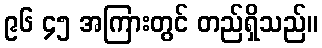
၉၆ ၄၅ အကြားတွင် တည်ရှိသည်။